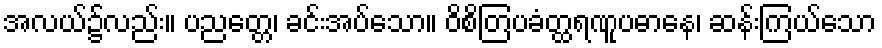
အလယ်၌လည်း။ ပညတ္တေ၊ ခင်းအပ်သော။ ဝိစိတြပခံတ္ထရဏူပဓာနေ၊ ဆန်းကြယ်သော